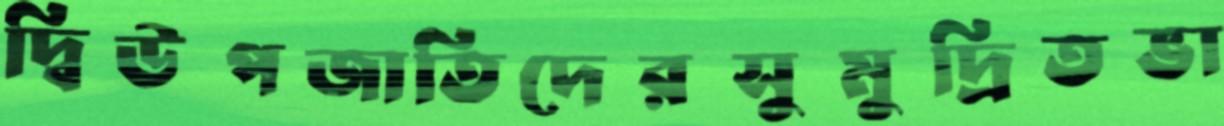
দ্বিউপজাতিদেরসুমুদ্রিতভা